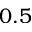
0 . 5